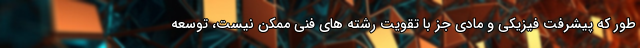
طور که پیشرفت فیزیکی و مادی جز با تقویت رشته های فنی ممکن نیست، توسعه